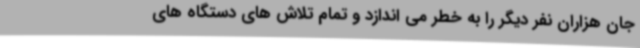
جان هزاران نفر دیگر را به خطر می اندازد و تمام تلاش های دستگاه های